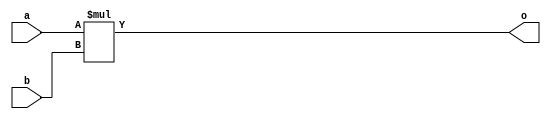
module and_rtl(a,b,o);

input a,b;
output reg o;

always @(a,b) 
begin
o = a*b;    
end
endmodule